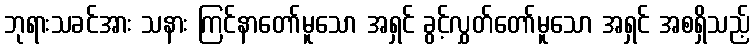
ဘုရားသခင်အား သနား ကြင်နာတော်မူသော အရှင် ခွင့်လွှတ်တော်မူသော အရှင် အစရှိသည့်